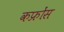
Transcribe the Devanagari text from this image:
कफ्रोंस